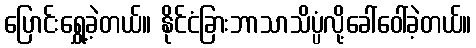
ပြောင်းရွှေ့ခဲ့တယ်။ နိုင်ငံခြားဘာသာသိပ္ပံလို့ခေါ်ဝေါ်ခဲ့တယ်။